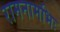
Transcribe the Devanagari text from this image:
रामनामभिः